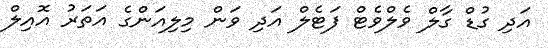
އަދި ގުޑް ގާލް ވެލްވެޓް ފަޓެލް އަދި ވަން މިލިއަންގެ އަތަރު އޮއިލް